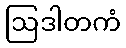
ဩဒါတကံ